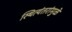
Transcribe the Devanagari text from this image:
स्थित्यंतरांमुळे